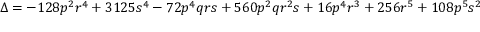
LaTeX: \Delta = - 1 2 8 p ^ { 2 } r ^ { 4 } + 3 1 2 5 s ^ { 4 } - 7 2 p ^ { 4 } q r s + 5 6 0 p ^ { 2 } q r ^ { 2 } s + 1 6 p ^ { 4 } r ^ { 3 } + 2 5 6 r ^ { 5 } + 1 0 8 p ^ { 5 } s ^ { 2 }